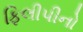
ફિલીપીનો